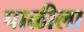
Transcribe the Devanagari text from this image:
पाळीला